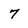
Character: 7